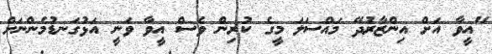
"އީވާ އަށް އިންޒާރުދޭ މައްސަލަ މީގެ ކުރިން ވެސް އީވާ ވަނީ އަޅުގަނޑުމެންނަށް